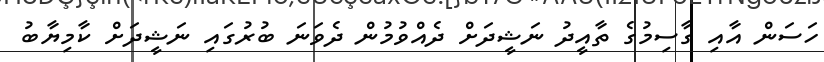
ހަސަން އާއި ގާސިމުގެ ތާއީދު ނަޝީދަށް ދެއްވުމުން ދެވަނަ ބުރުގައި ނަޝީދަށް ކާމިޔާބު